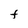
Character: t